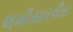
લખીયારવીરા